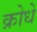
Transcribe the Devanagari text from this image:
क्रोधे